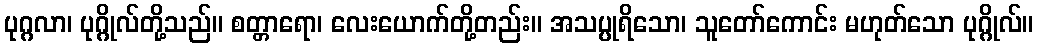
ပုဂ္ဂလာ၊ ပုဂ္ဂိုလ်တို့သည်။ စတ္တာရော၊ လေးယောက်တို့တည်း။ အသပ္ပုရိသော၊ သူတော်ကောင်း မဟုတ်သော ပုဂ္ဂိုလ်။